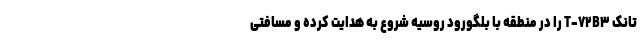
تانک T-۷۲B۳ را در منطقه با بلگورود روسیه شروع به هدایت کرده و مسافتی